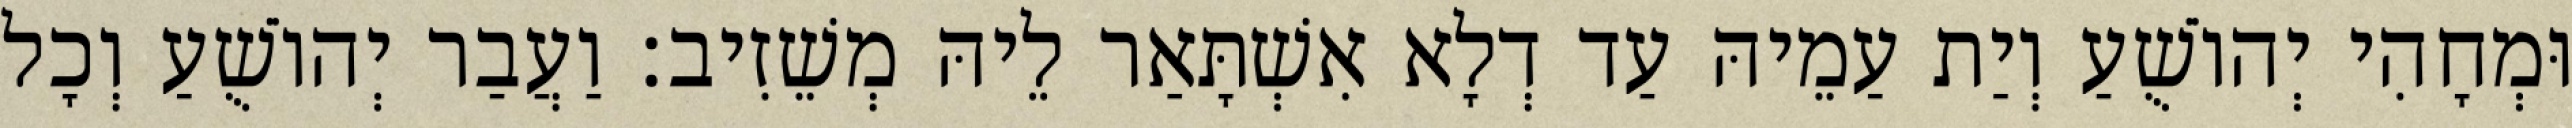
וּמְחָהִי יְהוֹשֻׁעַ וְיַת עַמֵיהּ עַד דְלָא אִשְׁתָּאַר לֵיהּ מְשֵׁזִיב׃ וַעֲבַר יְהוֹשֻׁעַ וְכָל